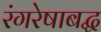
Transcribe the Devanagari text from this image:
रंगरेषाबद्ध